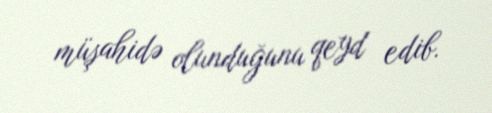
müşahidə olunduğunu qeyd edib.